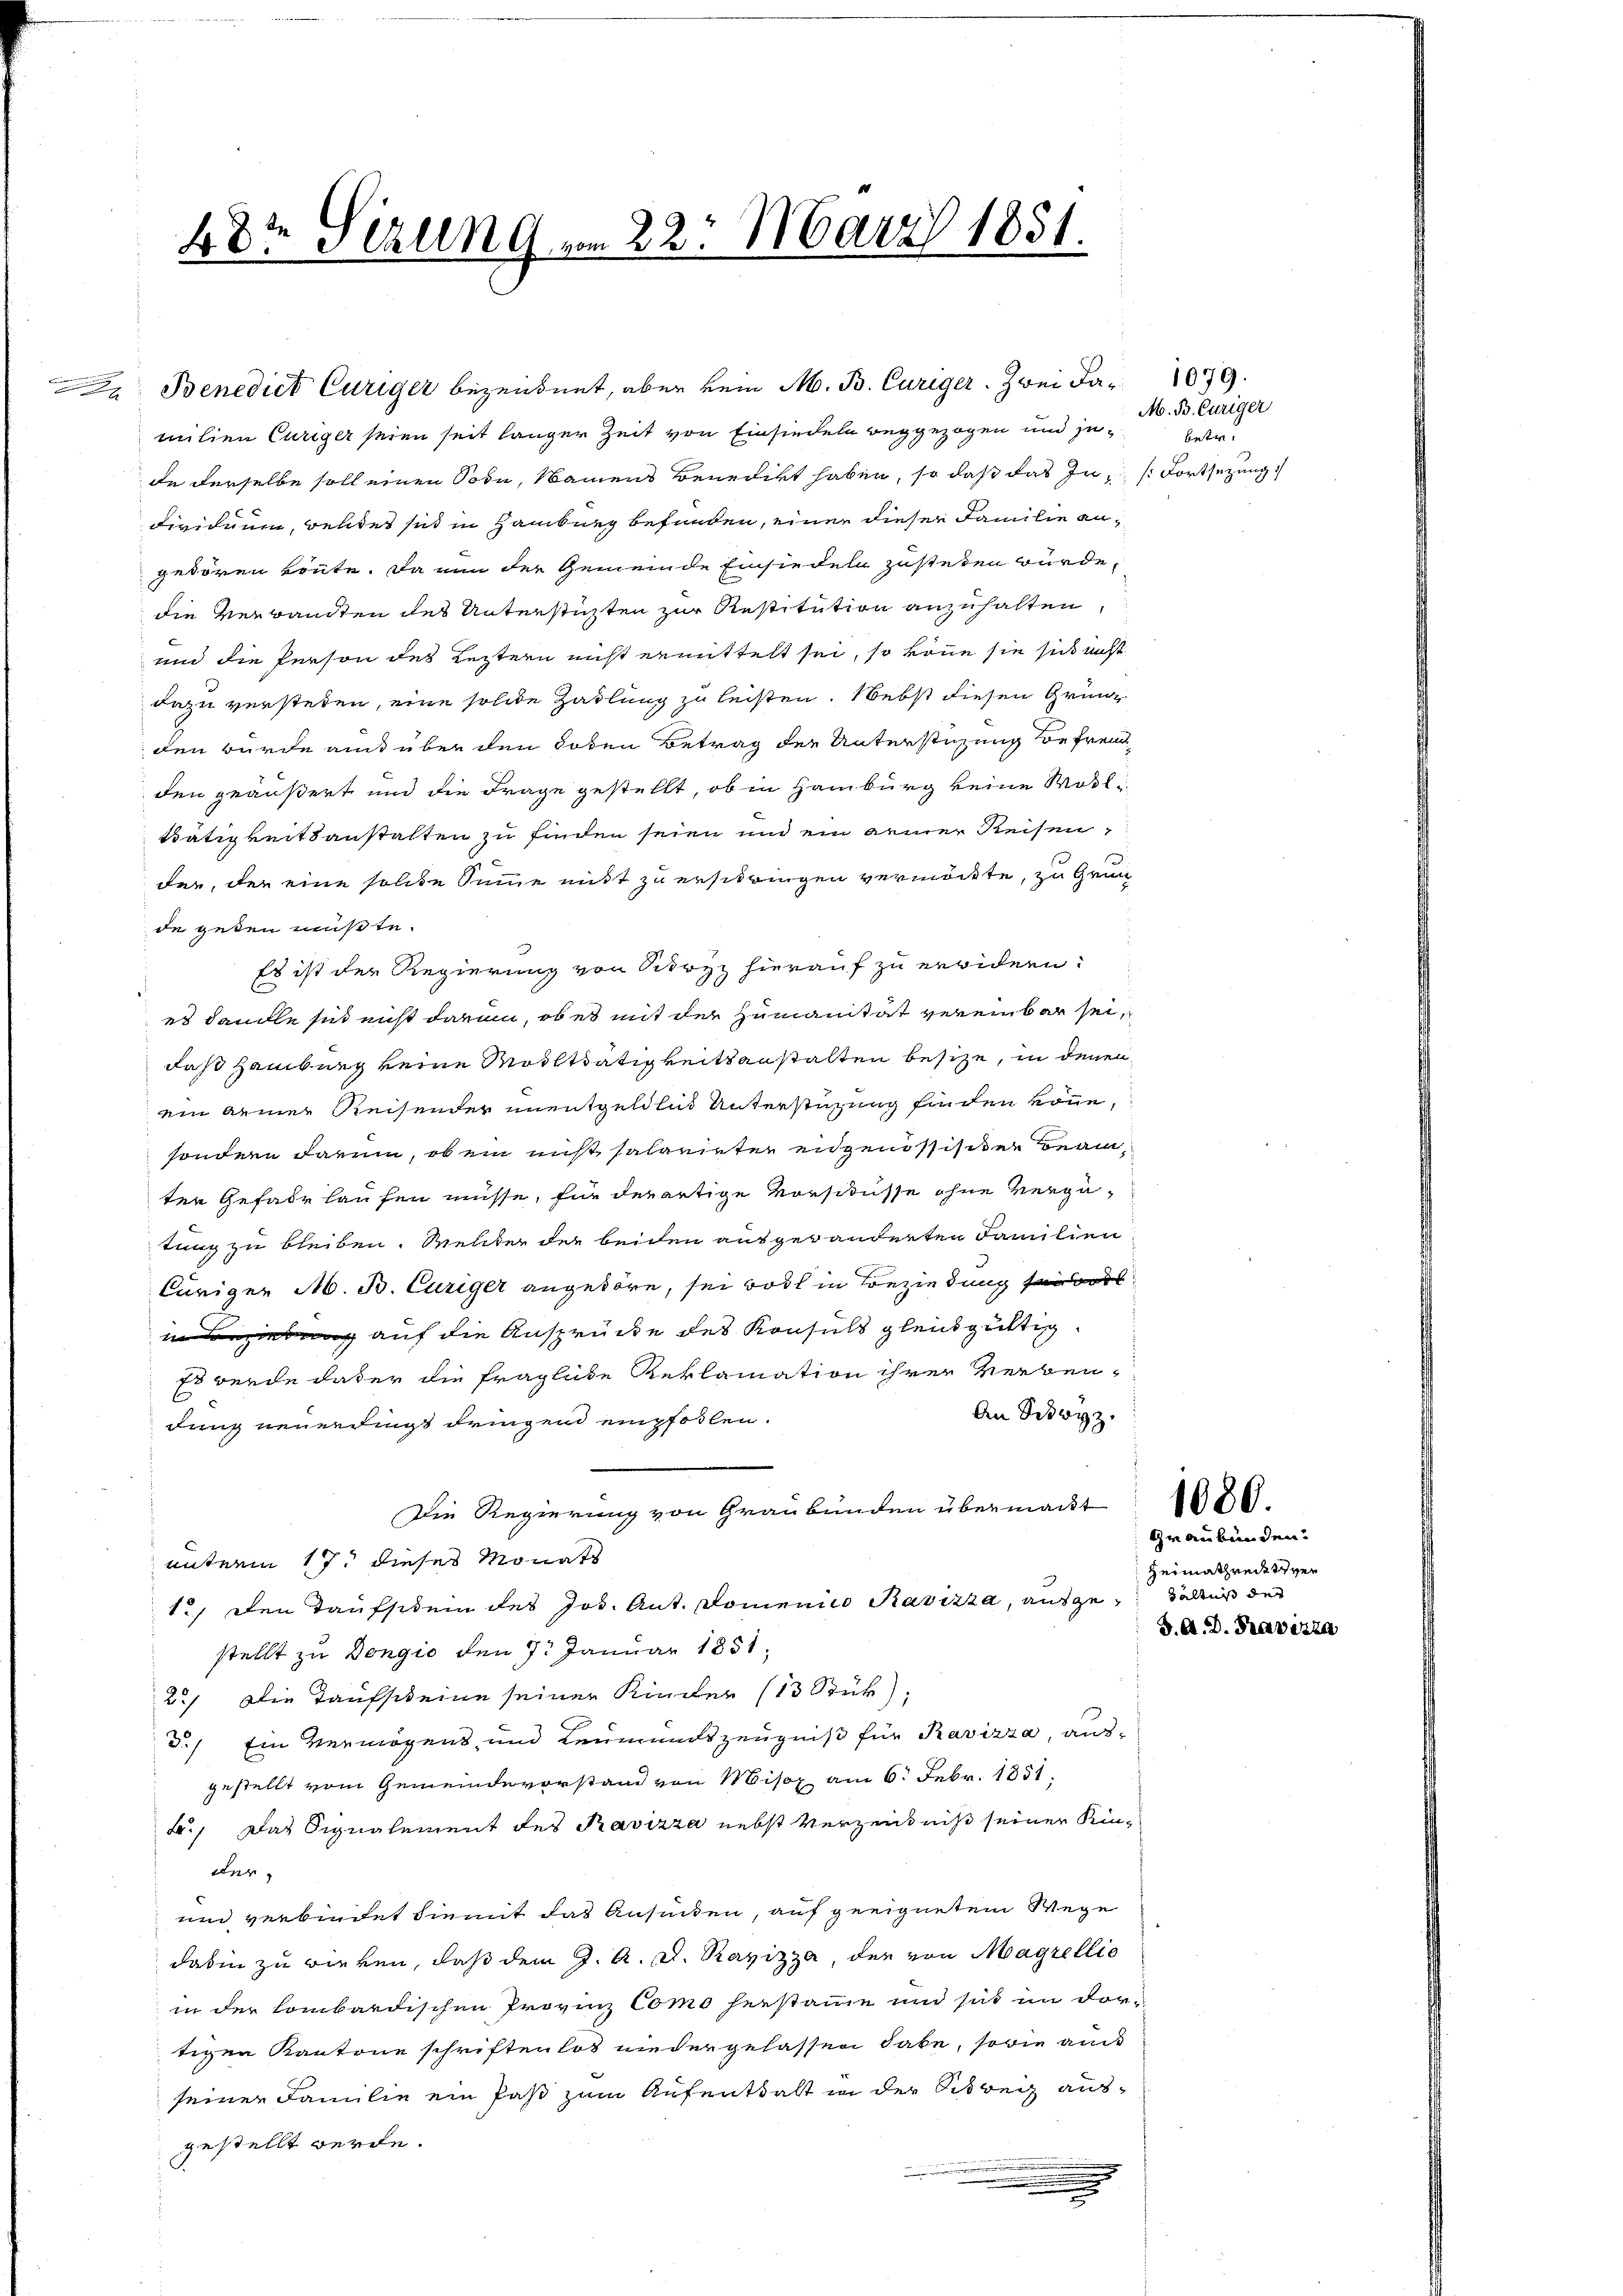
48te Schlen G. vom 22. März 1851.

Benedict Curiger bezeichnet, aber kein M. B. Curiger. Zwei Ja-1079.
milien Curiger seien seit langer Zeit von Einsiedeln weggezogen und jede derselbe soll einen Tode, Namens Benedikt haben, so daß das In Fortsetzung
dividuum, weldes sich in Hamburg befunden, einer dieser Familie angedören könnte. Da nun der Gemeinde Einsiedeln zustehen würde,
die Verwandten des Unterstützten zur Restitution anzuhalten
und die Person des Leistern nicht ermittelt sei, so könne sie sich nicht
dazu verstehen, eine solche Zahlung zu leisten. Nebst diesen Grün
den wurde aus über den Boden Betrag der Unterstüzung befreu
den geäußert und die Frage gestellt, ob in Hamburg keine Wohl¬
Bätigkeitsanstalten zu finden seien und ein keiner Reisen,
der, der eine solche Summe mit zu erschringen vermöchte, zu Grun
de geben müßte.
Es ist der Regierung von Kurz hierauf zu erwidern:
es Sandle sich nicht darum, ob es mit der Zumanitat vereinbar sei,
daß Hamburg keine Modlttätigkeitsanstalten besize, in denen
ein dener Reisender unentgeldlich Unterstüzung finden könne,
sondern darum, ob ein nicht salreinter eidgenössisiten Beamter Gefahr laufen müsse, für derartige Vorschüsse ohne vergütung zu bleiben. Welter der beiden ausgewänderten Familien
Cüriger M. B. Curiger angehöre, sei bot in Beziehung sei
 auf die Ansprücke des Konsuls gleichgültig
Es werde daher die fragliche Reklamation ihrer Werben¬
E
¬
An Schwyz.
dung neuerdingt dringen empfohlen.
Die Regierung von Graubünden übermacht 1000.
unterm 17. dieses Monats
1.) Den Taufstein des Jos. Ant. Domenico Ravizza, ausgehältnis der
stellt zu Dongio den 7. Januar 1851;
2.) Die Taufscheine seiner Kinder (13 Stük),
d.) Ein Vermögens und Leumundszeugniß für Ravizza, ausgestellt vom Gemeindevorstand von Misox am 6. Febr. 1851,
., Das Signalement des Ravizza nebst verzeichniß seiner Kinder
und verbindet hiemit das Ansinden, auf geeignetem Wege
daßin zu wirken, daß dem J. A. D. Ravizza, den von Magrellie
in der lombardischen Provinz Como herstamme und sich im vor-
tigen Kantone schriftenlos niedergelassen habe, sowie au
seiner Familie ein Paß zum Aufenthalt in der Sitweg ausgestellt werde.
.

M. B. Curiger
betr.

Graubünden.
Heimathreditver
d. A. D. Pravizza